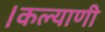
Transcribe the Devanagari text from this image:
।कल्याणी